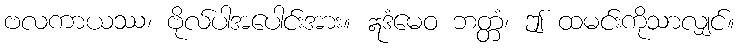
ဗလကာယဿ၊ ဗိုလ်ပါအပေါင်းအား။ ဣဒံမေဝ ဘတ္တံ၊ ဤ ထမင်းကိုသာလျှင်။